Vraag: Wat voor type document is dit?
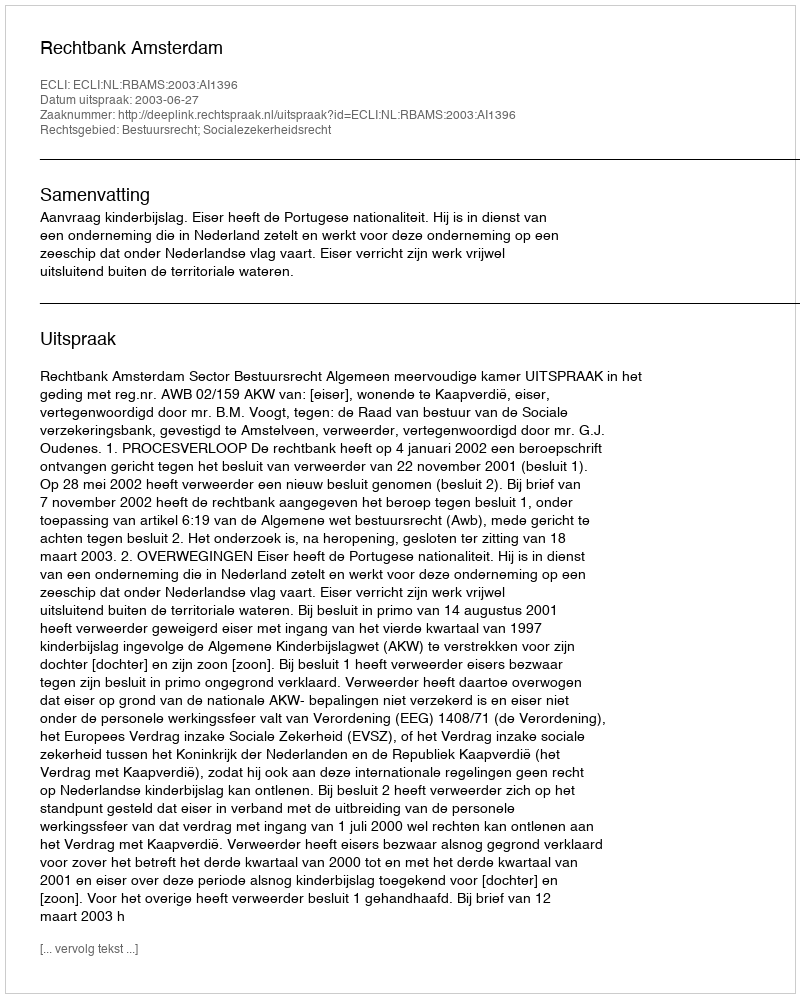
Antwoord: Uitspraak